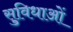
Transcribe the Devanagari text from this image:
सु्विधाओं